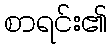
စာရင်း၏